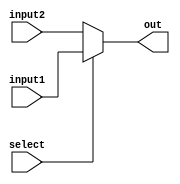
`timescale 1ns / 1ps
//////////////////////////////////////////////////////////////////////////////////
// Company: 
// Engineer: 
// 
// Design Name: 
// Module Name: Mux32
// Project Name: 
// Target Devices: 
// Tool Versions: 
// Description: 
// 
// Dependencies: 
// 
// Revision:
// Revision 0.01 - File Created
// Additional Comments:
// 
//////////////////////////////////////////////////////////////////////////////////


module Mux32(
    input select,
    input [31 : 0] input1,
    input [31 : 0] input2,
    output [31 : 0] out
    );
    assign out = select ? input1 : input2;
endmodule